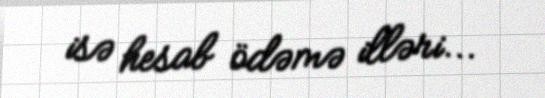
isə hesab ödəmə illəri...